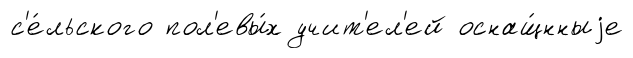
с'е́льского пол'евы́х учит'ел'ей оснащ́нныjе